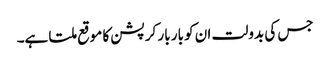
جس کی بدولت ان کو بار بار کرپشن کا موقع ملتا ہے۔